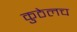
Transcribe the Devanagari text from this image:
कुठेलच